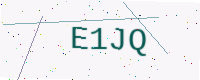
Text: E1JQ